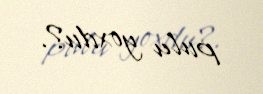
pulu yoxdu?.